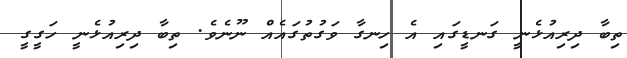
ތިބާ ދިރިއުޅެނީ ގަނޑީގައި އެ ހިނގާ ވަގުތުގައެއް ނޫނެވެ. ތިބާ ދިރިއުޅެނީ ހަގީގީ